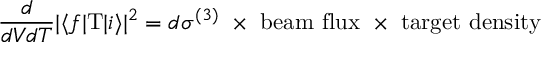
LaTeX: \frac { d } { d V d T } | \langle f | \mathrm { T } | i \rangle | ^ { 2 } = d \sigma ^ { ( 3 ) } \ \times \ \mathrm { b e a m \ f l u x } \ \times \ \mathrm { t a r g e t \ d e n s i t y }